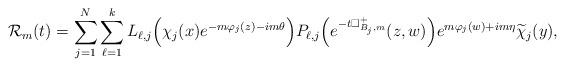
LaTeX: \begin{align*} \mathcal{R}_m(t)=\sum^N_{j=1}\sum^k_{\ell=1}L_{\ell,j}\Bigr(\chi_j(x)e^{-m\varphi_j(z)-im\theta}\Bigr)P_{\ell,j}\Bigr(e^{-t\Box^+_{B_j,m}}(z,w)\Bigr)e^{m\varphi_j(w)+im\eta}\widetilde\chi_j(y),\end{align*}